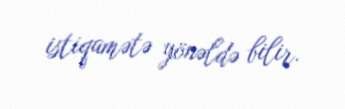
istiqamətə yönəldə bilir.